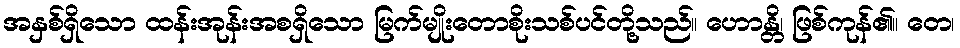
အနှစ်ရှိသော ထန်းအုန်းအစရှိသော မြက်မျိုးတောစိုးသစ်ပင်တို့သည်။ ဟောန္တိ၊ ဖြစ်ကုန်၏။ တေ၊